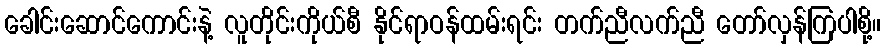
ခေါင်းဆောင်ကောင်းနဲ့ လူတိုင်းကိုယ်စီ နိုင်ရာဝန်ထမ်းရင်း တက်ညီလက်ညီ တော်လှန်ကြပါစို့။